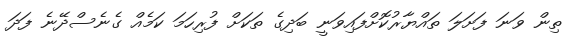
ތިން ވަނަ ފަށަލަ ތައްޔާރުކޮށްފައިވަނީ ބަދިގެ ތަކަށް ފުރިހަމަ ކަމެއް ގެނެސްދޭނެ ފަދަ